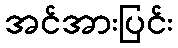
အင်အားပြင်း